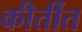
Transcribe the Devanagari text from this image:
कीर्तीत